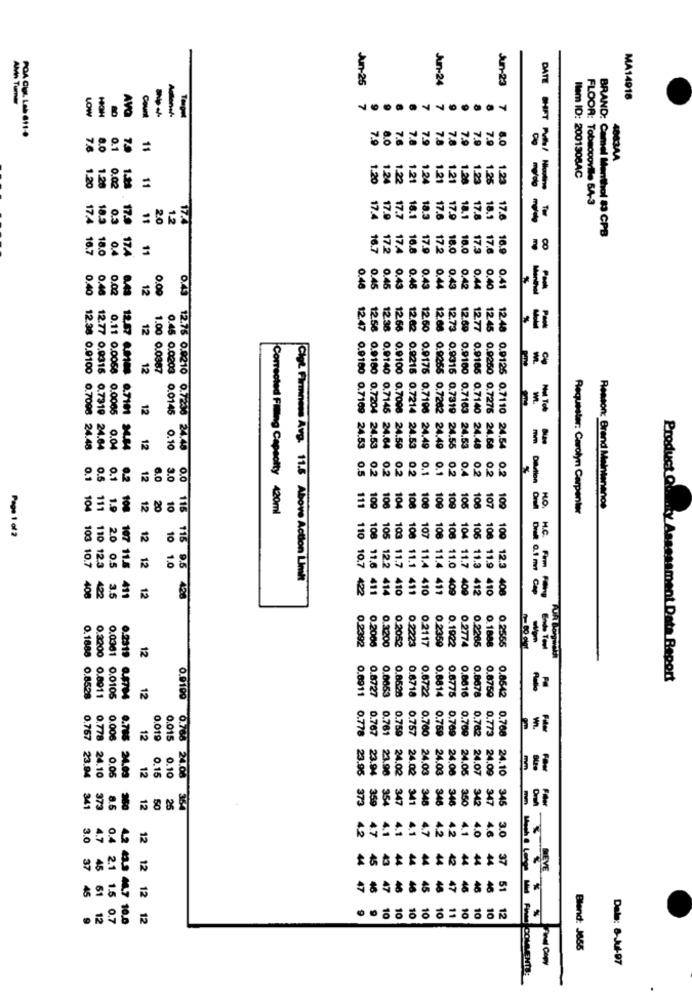
Jun-25
Jun-24
Jun-23
MA14916
LOW
AVO
Top
7.
75
7.9
8.0
76
1.0
0.1
11
7.8
7.9
7.8
7.9
4063AA
1.2
11
1.20
1.24
1.22
1.21
1.24
1.21
1.21
1.28
1.23
1.25
1.23
Nem ID: 200130BAC
.20
0.02
FLOOR: Tobaccoville 64-3
74
18.3
179
11
20
12
17.4
17.4
17.9
17.7
8.1
18.3
17.6
17.9
18.1
17.8
18.1
17.8
BRAND: Camel Menthol 83 CPB
18.0
11
16.
72
174
16.8
17.2
18.0
18.0
17.3
17.6
16.7
0.4
17.4
17.9
16.9
0.48
0.4
0.40
0.02
8.43
12
0.00
0.45
0.45
0.43
0.48
0.43
0.44
0,43
0.44
0.40
0.41
0.46
0.49
12
12.47
12.38
12.50
12.08
12.73
12.60
12.77
12.45
12.48
12.38 0.9100
12.77 0.0316
0.11 0.0058
12.57 0.00
12
1.00 0.0987
0.9100
12.58 0.9180
0.9140
12.56 0.9100
0.9255
0.9166
12.62 0.9215
0.7319
12
0.7169
0.7145
0.7000
0.9176 0.7196
0.7262
0.0005
0.7098 24.48
24.64
0.04
0.7191 34.84
12
0.45 0.0203 0.0145 0.10
12.75 0.9210 0.7230 24.48
24.53
0.7204 24.53
24.64
24.59
0.7214 24.53
24.49
24.49
0.9316 0.7319 24.55
0.9100 0.7163 24.53
0.7140 24.48
0.9260 0.7276 24.68
0.9125 0.7110 24.54
0.5
0.2
0.1
0.5
0.1
9.2
12
6.0
3.0
0.0
02
0.2
0.2
0.1
0.1
0.2
0.4
0.2
0.2
0.2
10
111
1.9
100
12
20
10
Corrected Filling Capeolty 420ml
108
104
108
100
109
109
106
106
107
Requester: Carolyn Carpenter
Reason: Brand Meintenanos
109
Page 1 of 2
108
105
103
100
107
108
106
104
105
108
20
103 10.7
110 12.3
0.5
107 11.8
10 1.0
110 10.7
12.2
11.7
11.1
11.4
11.7
11.3
Cigt Firmness Avg. 11.5 Above Action Limit
11.6 411
410
411
11.4 410
411
409
412
11.9 410
109 12.3 408
== = = =======
408
102
3.5
411
12 12 12
115 116 9.5 426
422
414
11.0 409
0.2052
0.2117
0.2359
0.2774
0.2392
0.2006
0.3200
0.2223
0.1922
0.2265
0.1888
0.2555
0.1888
0.0361
0.2319
12
Product Quality Assessment Data Report
0.8727
0.0653
0.6722
0.8678
0.8528
0.2200 0.8011
0.0105
12
0.6911
0.8528
0.6718
0.6814
0.6775
0.8616
0.6759
0.8542
=
0.778
0.767
0.761
0.759
0.757
0.700
0.762
0.773
0.767
0.778
0.006
12
0.019
0.760
0.759
0.769
0.768
0.015
12
23.96
23.94
23.98
24.02
24.00
24.03
24.03
24.05
24.07
24.10
-
23.94
24.10
0.05
24.09
0.15
0.10
0.9199 0.768 24.08
24.06
24.09
34
373
354
347
341
340
3.50
347
345
373
8.6
12
50
26
364
348
346
342
40
3.0
0.4
LO
3.0
37
45
21
45
61
1.5
12
0.7
12 43.3 44.7 10.0
12 12 12 12
Blend: J855
Dala: 8-Jul-97
-